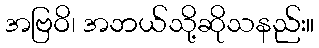
အဗြဝိ၊ အဘယ်သို့ဆိုသနည်း။